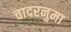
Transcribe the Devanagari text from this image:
चादरनुमा